Civil Veterinary Department Bihar & Orissa reports 1922-29 - 1922-1929
Year: 1922
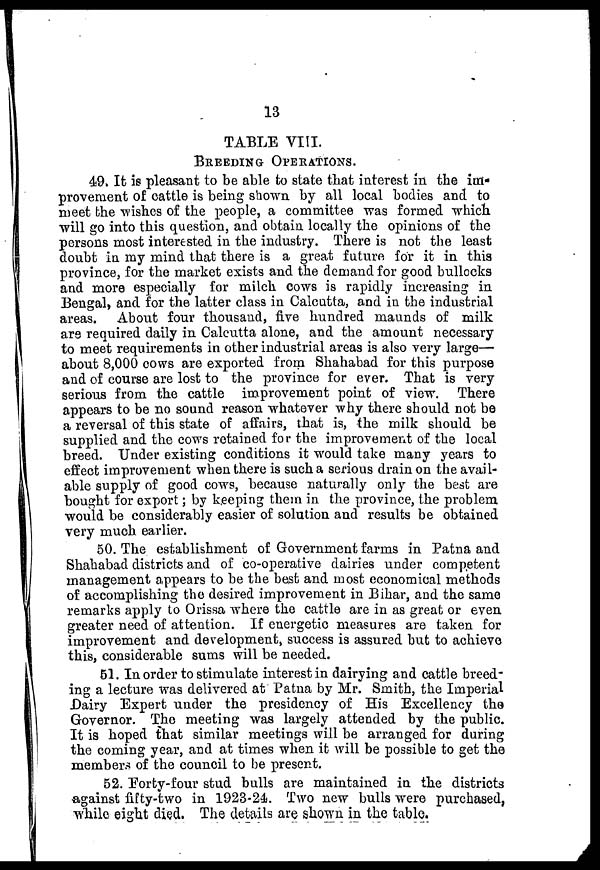
13
TABLE VIII.
BREEDING OPERATIONS.
49. It is pleasant to be able to state that interest in the im-
provement of cattle is being shown by all local bodies and to
meet the wishes of the people, a committee was formed which
will go into this question, and obtain locally the opinions of the
persons most interested in the industry. There is not the least
doubt in my mind that there is a great future for it in this
province, for the market exists and the demand for good bullocks
and more especially for milch cows is rapidly increasing in
Bengal, and for the latter class in Calcutta, and in the industrial
areas. About four thousand, five hundred maunds of milk
are required daily in Calcutta alone, and the amount necessary
to meet requirements in other industrial areas is also very large—
about 8,000 cows are exported from Shahabad for this purpose
and of course are lost to the province for ever. That is very
serious from the cattle improvement point of view. There
appears to be no sound reason whatever why there should not be
a reversal of this state of affairs, that is, the milk should be
supplied and the cows retained for the improvement of the local
breed. Under existing conditions it would take many years to
effect improvement when there is such a serious drain on the avail-
able supply of good cows, because naturally only the best are
bought for export; by keeping them in the province, the problem
would be considerably easier of solution and results be obtained
very much earlier.
50. The establishment of Government farms in Patna and
Shahabad districts and of co-operative dairies under competent
management appears to be the best and most economical methods
of accomplishing the desired improvement in Bihar, and the same
remarks apply to Orissa where the cattle are in as great or even
greater need of attention. If energetic measures are taken for
improvement and development, success is assured but to achieve
this, considerable sums will be needed.
51. In order to stimulate interest in dairying and cattle breed-
ing a lecture was delivered at Patna by Mr. Smith, the Imperial
Dairy Expert under the presidency of His Excellency the
Governor. The meeting was largely attended by the public.
It is hoped that similar meetings will be arranged for during
the coming year, and at times when it will be possible to get the
member of the council to be present.
52. Forty-four stud bulls are maintained in the districts
against fifty-two in 1923-24. Two new bulls were purchased,
while eight died. The details are shown in the table.